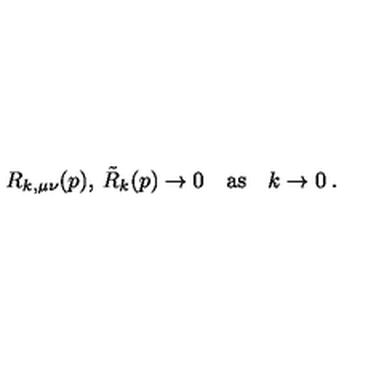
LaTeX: R _ { k , \mu \nu } ( p ) , \: \tilde { R } _ { k } ( p ) \to 0 \quad \mathrm { a s } \quad k \to 0 \: .